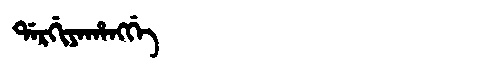
Manchu: ᡩᠠᡵᡤᡳᠶᠠᡥᠠᠩᡤᡝ
Romanization: DARGIYAHANGGE